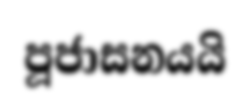
පූජාසනයයි